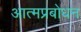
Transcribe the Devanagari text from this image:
आत्मप्रबोधन